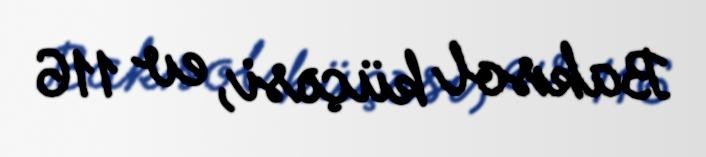
Baksol küçəsi, ev 116